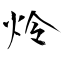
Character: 炩